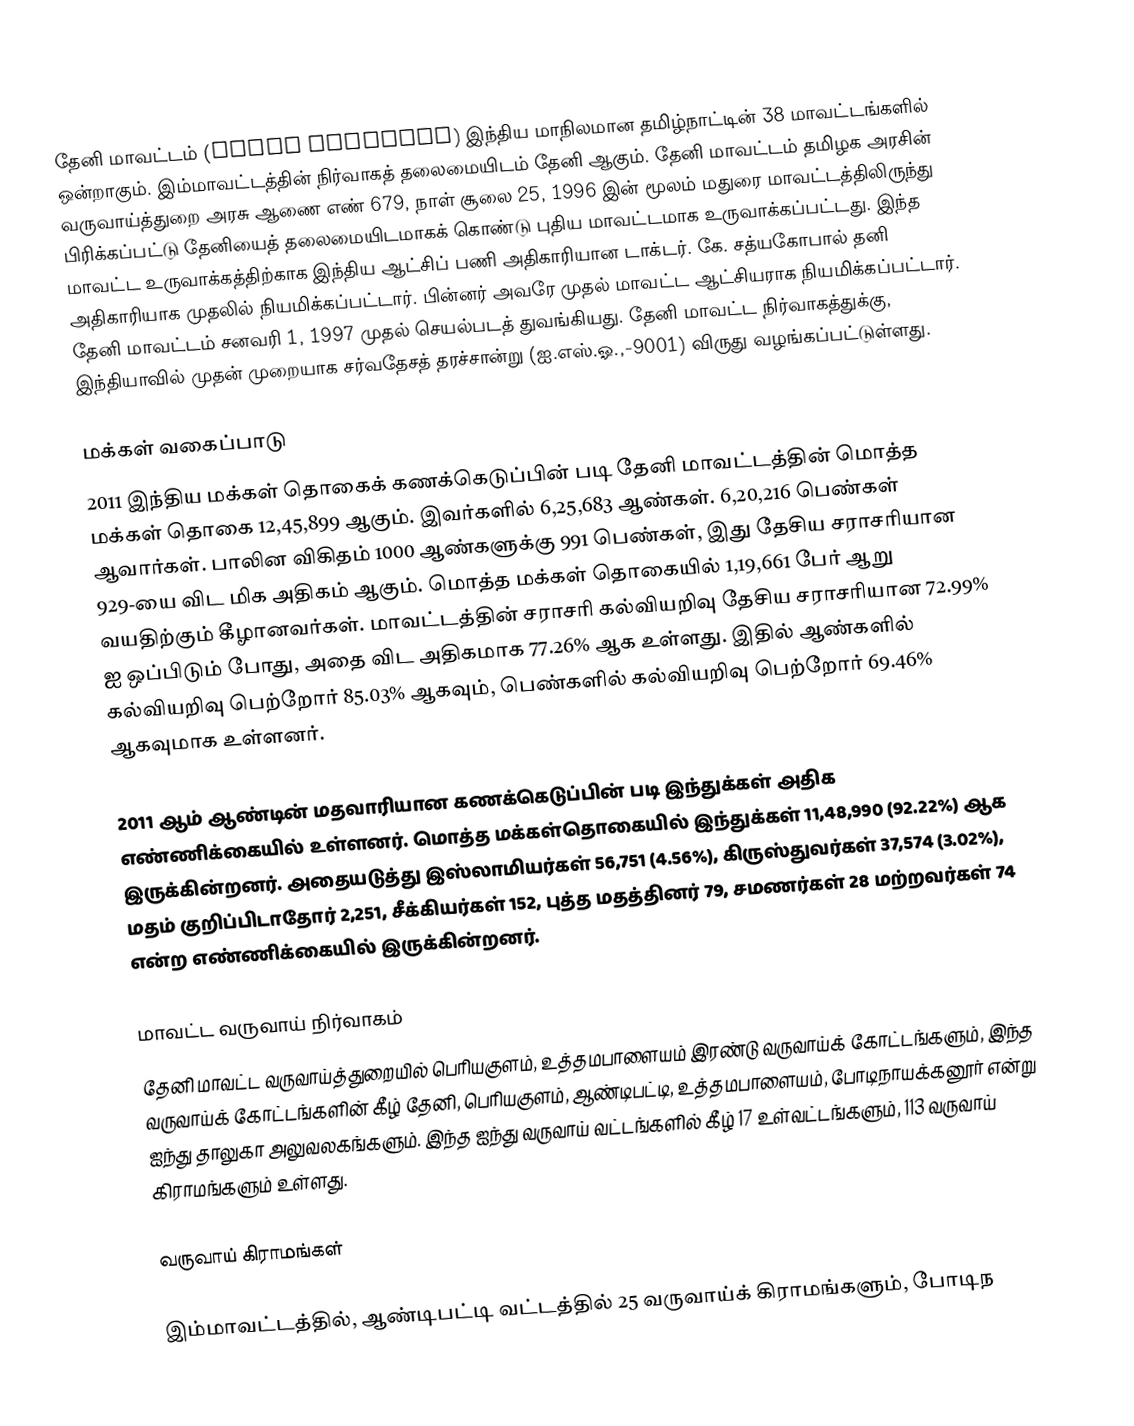
தேனி மாவட்டம் (Theni district) இந்திய மாநிலமான தமிழ்நாட்டின் 38 மாவட்டங்களில் ஒன்றாகும். இம்மாவட்டத்தின் நிர்வாகத் தலைமையிடம் தேனி ஆகும். தேனி மாவட்டம் தமிழக அரசின் வருவாய்த்துறை அரசு ஆணை எண் 679, நாள் சூலை 25, 1996 இன் மூலம் மதுரை மாவட்டத்திலிருந்து பிரிக்கப்பட்டு தேனியைத் தலைமையிடமாகக் கொண்டு புதிய மாவட்டமாக உருவாக்கப்பட்டது. இந்த மாவட்ட உருவாக்கத்திற்காக இந்திய ஆட்சிப் பணி அதிகாரியான டாக்டர். கே. சத்யகோபால் தனி அதிகாரியாக முதலில் நியமிக்கப்பட்டார். பின்னர் அவரே முதல் மாவட்ட ஆட்சியராக நியமிக்கப்பட்டார். தேனி மாவட்டம் சனவரி 1, 1997 முதல் செயல்படத் துவங்கியது. தேனி மாவட்ட நிர்வாகத்துக்கு, இந்தியாவில் முதன் முறையாக சர்வதேசத் தரச்சான்று (ஐ.எஸ்.ஓ.,-9001)  விருது வழங்கப்பட்டுள்ளது.

மக்கள் வகைப்பாடு
2011 இந்திய மக்கள் தொகைக் கணக்கெடுப்பின் படி தேனி மாவட்டத்தின் மொத்த மக்கள் தொகை 12,45,899 ஆகும். இவர்களில் 6,25,683 ஆண்கள். 6,20,216 பெண்கள் ஆவார்கள். பாலின விகிதம் 1000 ஆண்களுக்கு 991 பெண்கள், இது தேசிய சராசரியான 929-யை விட மிக அதிகம் ஆகும்.  மொத்த மக்கள் தொகையில் 1,19,661 பேர் ஆறு வயதிற்கும் கீழானவர்கள். மாவட்டத்தின் சராசரி கல்வியறிவு தேசிய சராசரியான 72.99% ஐ ஒப்பிடும் போது, அதை விட அதிகமாக 77.26% ஆக உள்ளது. இதில்  ஆண்களில் கல்வியறிவு பெற்றோர் 85.03% ஆகவும், பெண்களில் கல்வியறிவு பெற்றோர் 69.46% ஆகவுமாக உள்ளனர்.

2011 ஆம் ஆண்டின் மதவாரியான கணக்கெடுப்பின் படி இந்துக்கள் அதிக எண்ணிக்கையில் உள்ளனர். மொத்த மக்கள்தொகையில் இந்துக்கள் 11,48,990 (92.22%) ஆக இருக்கின்றனர். அதையடுத்து இஸ்லாமியர்கள் 56,751 (4.56%), கிருஸ்துவர்கள் 37,574 (3.02%), மதம் குறிப்பிடாதோர் 2,251, சீக்கியர்கள் 152, புத்த மதத்தினர் 79, சமணர்கள் 28 மற்றவர்கள் 74 என்ற எண்ணிக்கையில் இருக்கின்றனர்.

மாவட்ட வருவாய் நிர்வாகம்
தேனி மாவட்ட வருவாய்த்துறையில் பெரியகுளம், உத்தமபாளையம் இரண்டு வருவாய்க் கோட்டங்களும், இந்த வருவாய்க் கோட்டங்களின் கீழ் தேனி, பெரியகுளம், ஆண்டிபட்டி, உத்தமபாளையம், போடிநாயக்கனூர் என்று ஐந்து தாலுகா அலுவலகங்களும். இந்த ஐந்து வருவாய் வட்டங்களில் கீழ்  17 உள்வட்டங்களும், 113 வருவாய் கிராமங்களும் உள்ளது.

வருவாய் கிராமங்கள்

இம்மாவட்டத்தில், ஆண்டிபட்டி வட்டத்தில் 25 வருவாய்க் கிராமங்களும்,  போடிந